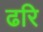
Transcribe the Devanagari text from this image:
ढरि